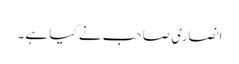
انصاری صاحب نے کیا ہے۔